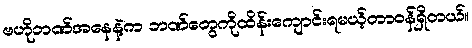
ဗဟိုဘဏ်အနေနဲ့က ဘဏ်တွေကိုထိန်းကျောင်းရမယ့်တာဝန်ရှိတယ်။